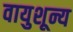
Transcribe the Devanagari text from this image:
वायुशून्य